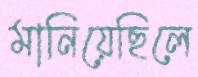
মানিয়েছিলে